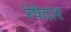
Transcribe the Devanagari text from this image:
रेषेदार